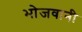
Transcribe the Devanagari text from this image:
भोजवानी